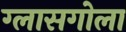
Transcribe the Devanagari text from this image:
ग्लासगोला